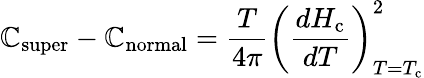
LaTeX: \mathbb{C}_{\mathrm{{super}}}-\mathbb{C}_{\mathrm{{normal}}}={\frac{{T}}{{4\pi}}}\left({\frac{{dH_{\mathrm{{c}}}}}{{dT}}}\right)_{T=T_{\mathrm{{c}}}}^{2}